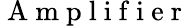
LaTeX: \mathrm{~A~m~p~l~i~f~i~e~r~}